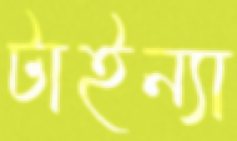
টাইন্যা